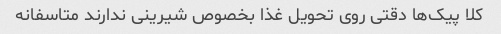
کلا پیک‌ها دقتی روی تحویل غذا بخصوص شیرینی ندارند متاسفانه